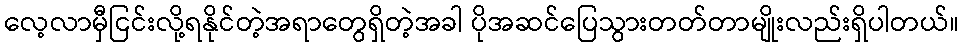
လေ့လာမှီငြင်းလို့ရနိုင်တဲ့အရာတွေရှိတဲ့အခါ ပိုအဆင်ပြေသွားတတ်တာမျိုးလည်းရှိပါတယ်။